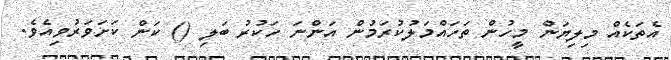
އެތަކެއް މިލިޔަން މީހުން ތަހައްމަލުކުރަމުން އަންނަ ހަކުރު ބަލި () ކަން ކަށަވަރުވިއެވެ.